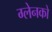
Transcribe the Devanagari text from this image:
ग्लेनको